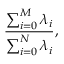
\frac { \sum _ { i = 0 } ^ { M } \lambda _ { i } } { \sum _ { i = 0 } ^ { N } \lambda _ { i } } ,